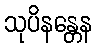
သုပိနန္တေန